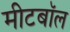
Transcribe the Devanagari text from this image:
मीटबॉल